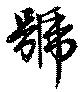
號